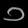
Digit: ၁